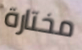
مختارة